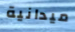
ميدانية